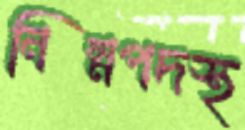
নিম্নপদস্থ